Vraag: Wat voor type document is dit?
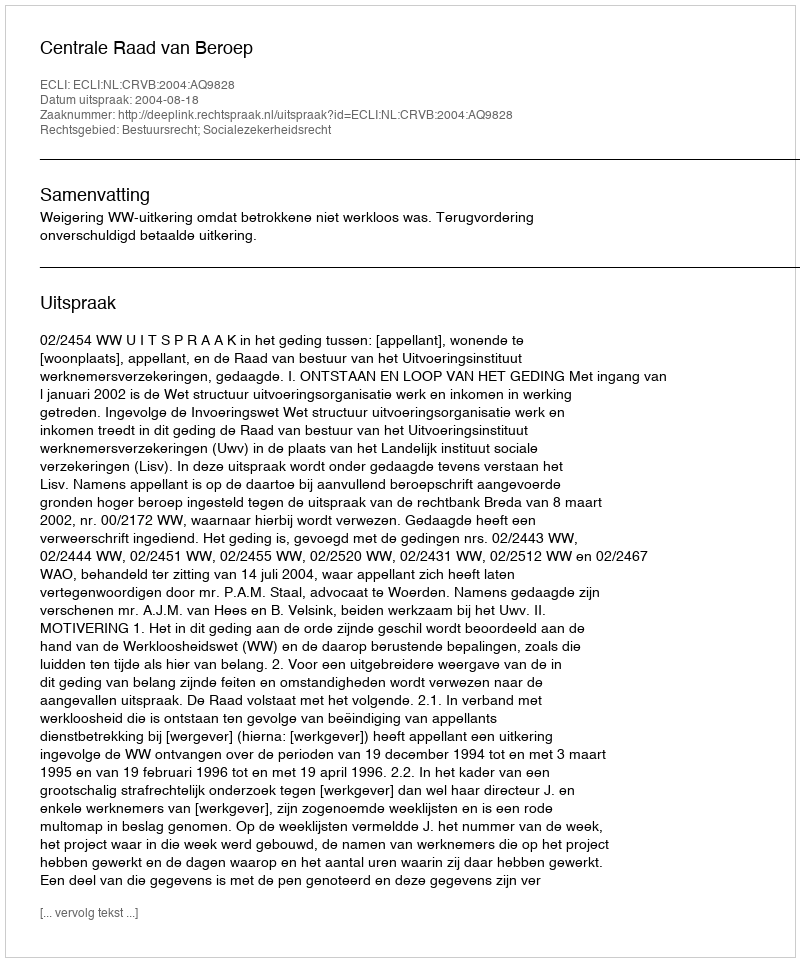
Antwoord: Uitspraak